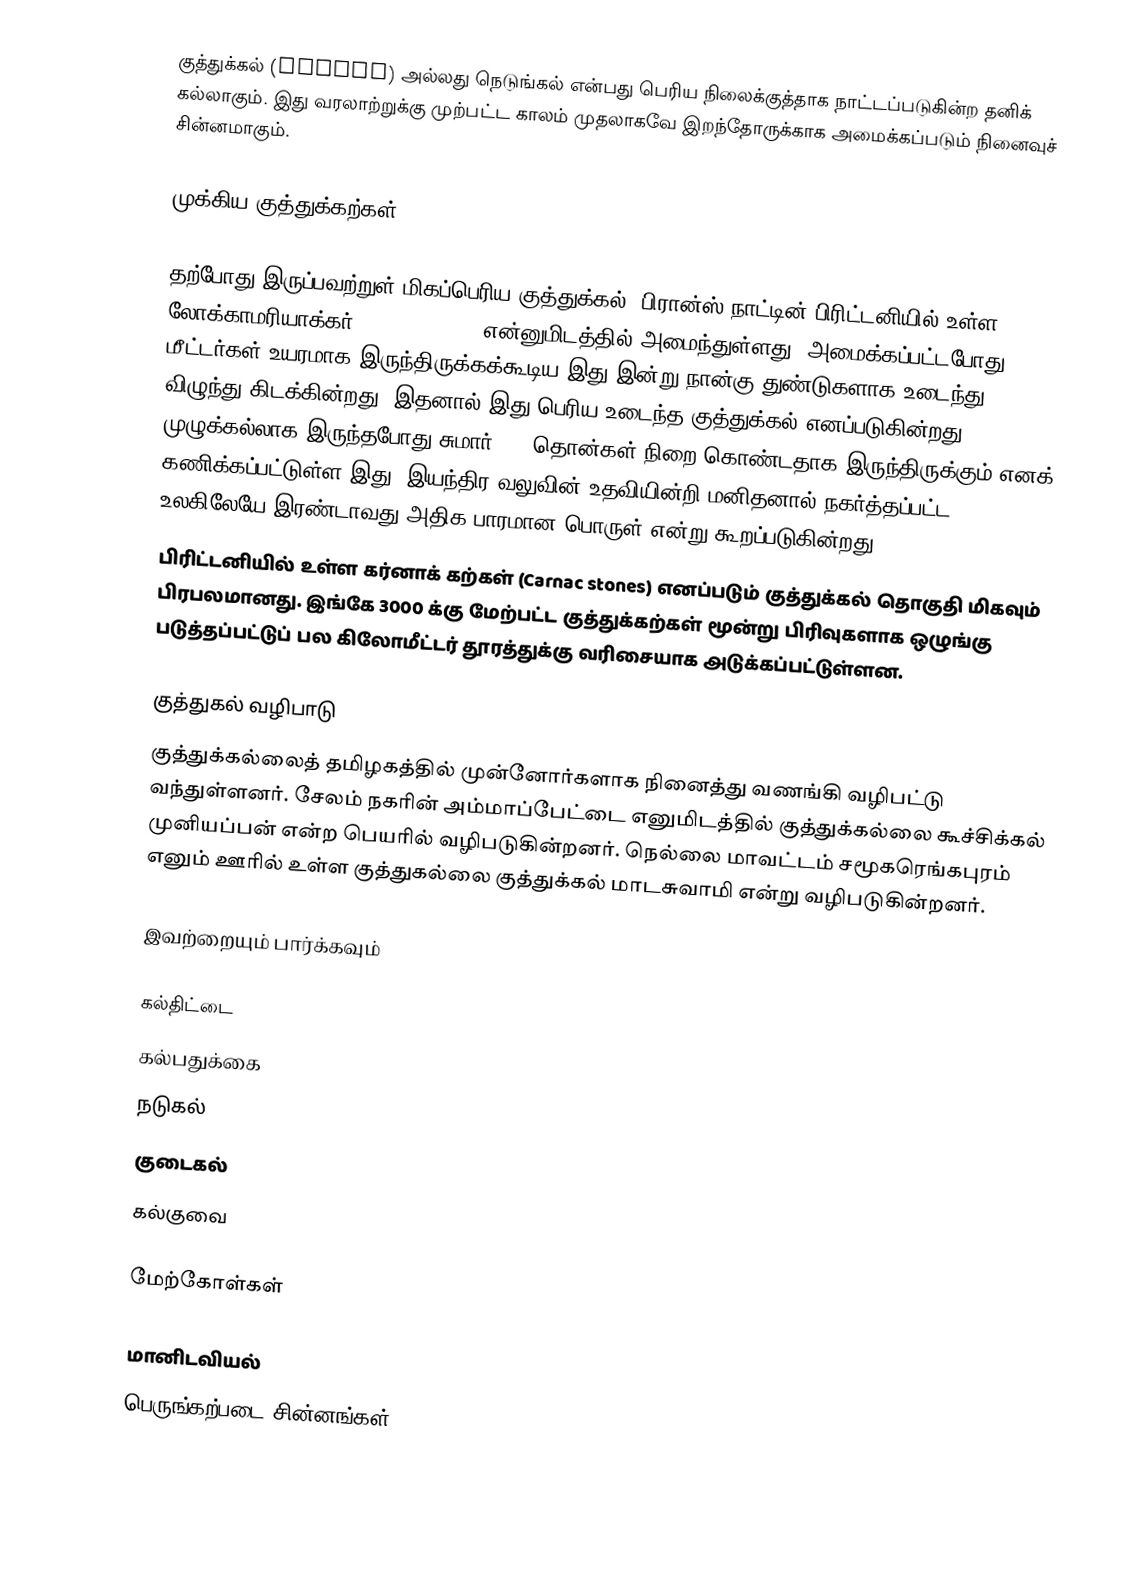
குத்துக்கல் (menhir) அல்லது நெடுங்கல் என்பது பெரிய நிலைக்குத்தாக நாட்டப்படுகின்ற தனிக் கல்லாகும். இது வரலாற்றுக்கு முற்பட்ட காலம் முதலாகவே இறந்தோருக்காக அமைக்கப்படும் நினைவுச் சின்னமாகும்.

முக்கிய குத்துக்கற்கள்

தற்போது இருப்பவற்றுள் மிகப்பெரிய குத்துக்கல், பிரான்ஸ் நாட்டின் பிரிட்டனியில் உள்ள லோக்காமரியாக்கர் (Locmariaquer) என்னுமிடத்தில் அமைந்துள்ளது. அமைக்கப்பட்டபோது 20 மீட்டர்கள் உயரமாக இருந்திருக்கக்கூடிய இது இன்று நான்கு துண்டுகளாக உடைந்து விழுந்து கிடக்கின்றது. இதனால் இது பெரிய உடைந்த குத்துக்கல் எனப்படுகின்றது. முழுக்கல்லாக இருந்தபோது சுமார் 330 தொன்கள் நிறை கொண்டதாக இருந்திருக்கும் எனக் கணிக்கப்பட்டுள்ள இது, இயந்திர வலுவின் உதவியின்றி மனிதனால் நகர்த்தப்பட்ட, உலகிலேயே இரண்டாவது அதிக பாரமான பொருள் என்று கூறப்படுகின்றது.
பிரிட்டனியில் உள்ள கர்னாக் கற்கள் (Carnac stones) எனப்படும் குத்துக்கல் தொகுதி மிகவும் பிரபலமானது. இங்கே 3000 க்கு மேற்பட்ட குத்துக்கற்கள் மூன்று பிரிவுகளாக ஒழுங்கு படுத்தப்பட்டுப் பல கிலோமீட்டர் தூரத்துக்கு வரிசையாக அடுக்கப்பட்டுள்ளன.

குத்துகல் வழிபாடு
குத்துக்கல்லைத் தமிழகத்தில் முன்னோர்களாக நினைத்து வணங்கி வழிபட்டு வந்துள்ளனர். சேலம் நகரின் அம்மாப்பேட்டை எனுமிடத்தில் குத்துக்கல்லை கூச்சிக்கல் முனியப்பன் என்ற பெயரில் வழிபடுகின்றனர். நெல்லை மாவட்டம் சமூகரெங்கபுரம் எனும் ஊரில் உள்ள குத்துகல்லை குத்துக்கல் மாடசுவாமி என்று வழிபடுகின்றனர்.

இவற்றையும் பார்க்கவும்

 கல்திட்டை
 கல்பதுக்கை
 நடுகல்
 குடைகல்
 கல்குவை

மேற்கோள்கள்

மானிடவியல்
பெருங்கற்படை சின்னங்கள்